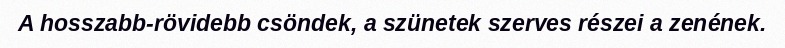
A hosszabb-rövidebb csöndek, a szünetek szerves részei a zenének.